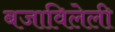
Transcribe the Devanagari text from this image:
बजाविलेली